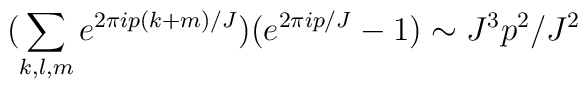
(\sum_{k,l,m} e^{2\pi i p(k+m)/J})(e^{2\pi i p/J}-1) \sim J^3 p^2/J^2